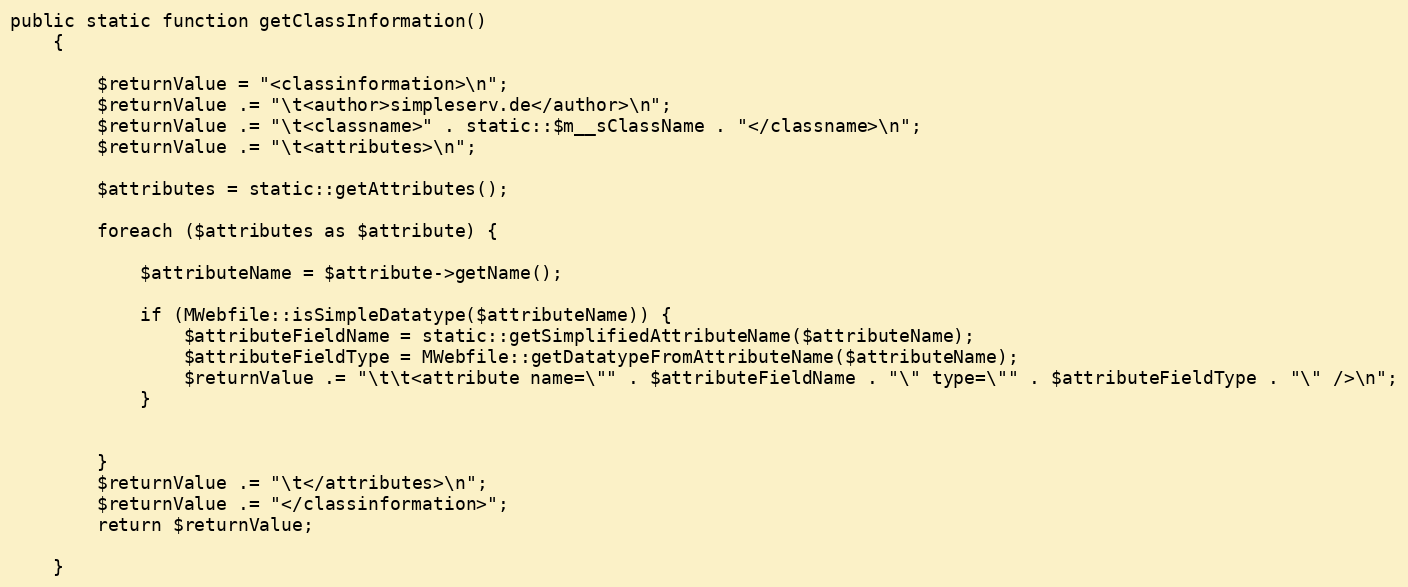
Language: PHP
public static function getClassInformation()
    {

        $returnValue = "<classinformation>\n";
        $returnValue .= "\t<author>simpleserv.de</author>\n";
        $returnValue .= "\t<classname>" . static::$m__sClassName . "</classname>\n";
        $returnValue .= "\t<attributes>\n";

        $attributes = static::getAttributes();

        foreach ($attributes as $attribute) {

            $attributeName = $attribute->getName();

            if (MWebfile::isSimpleDatatype($attributeName)) {
                $attributeFieldName = static::getSimplifiedAttributeName($attributeName);
                $attributeFieldType = MWebfile::getDatatypeFromAttributeName($attributeName);
                $returnValue .= "\t\t<attribute name=\"" . $attributeFieldName . "\" type=\"" . $attributeFieldType . "\" />\n";
            }

        }
        $returnValue .= "\t</attributes>\n";
        $returnValue .= "</classinformation>";
        return $returnValue;

    }